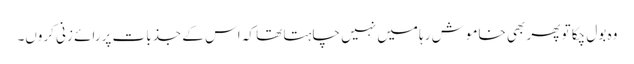
وہ بول چکا تو پھر بھی خاموش رہا میں نہیں چاہتا تھا کہ اس کے جذبات پررائے زنی کروں۔